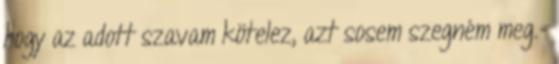
hogy az adott szavam kötelez, azt sosem szegném meg.-